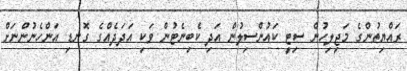
ރައްޔިތުންގެ މަޖިލިހުން ސިޓީ ކައުންސިލުން އަދި ކެބިނެޓުން ވަކި އަދަދެއްގެ ގޮނޑި އަންހެނުންނަށް